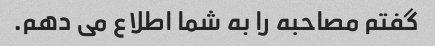
گفتم مصاحبه را به شما اطلاع می دهم.